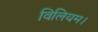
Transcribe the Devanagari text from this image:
विलियम।